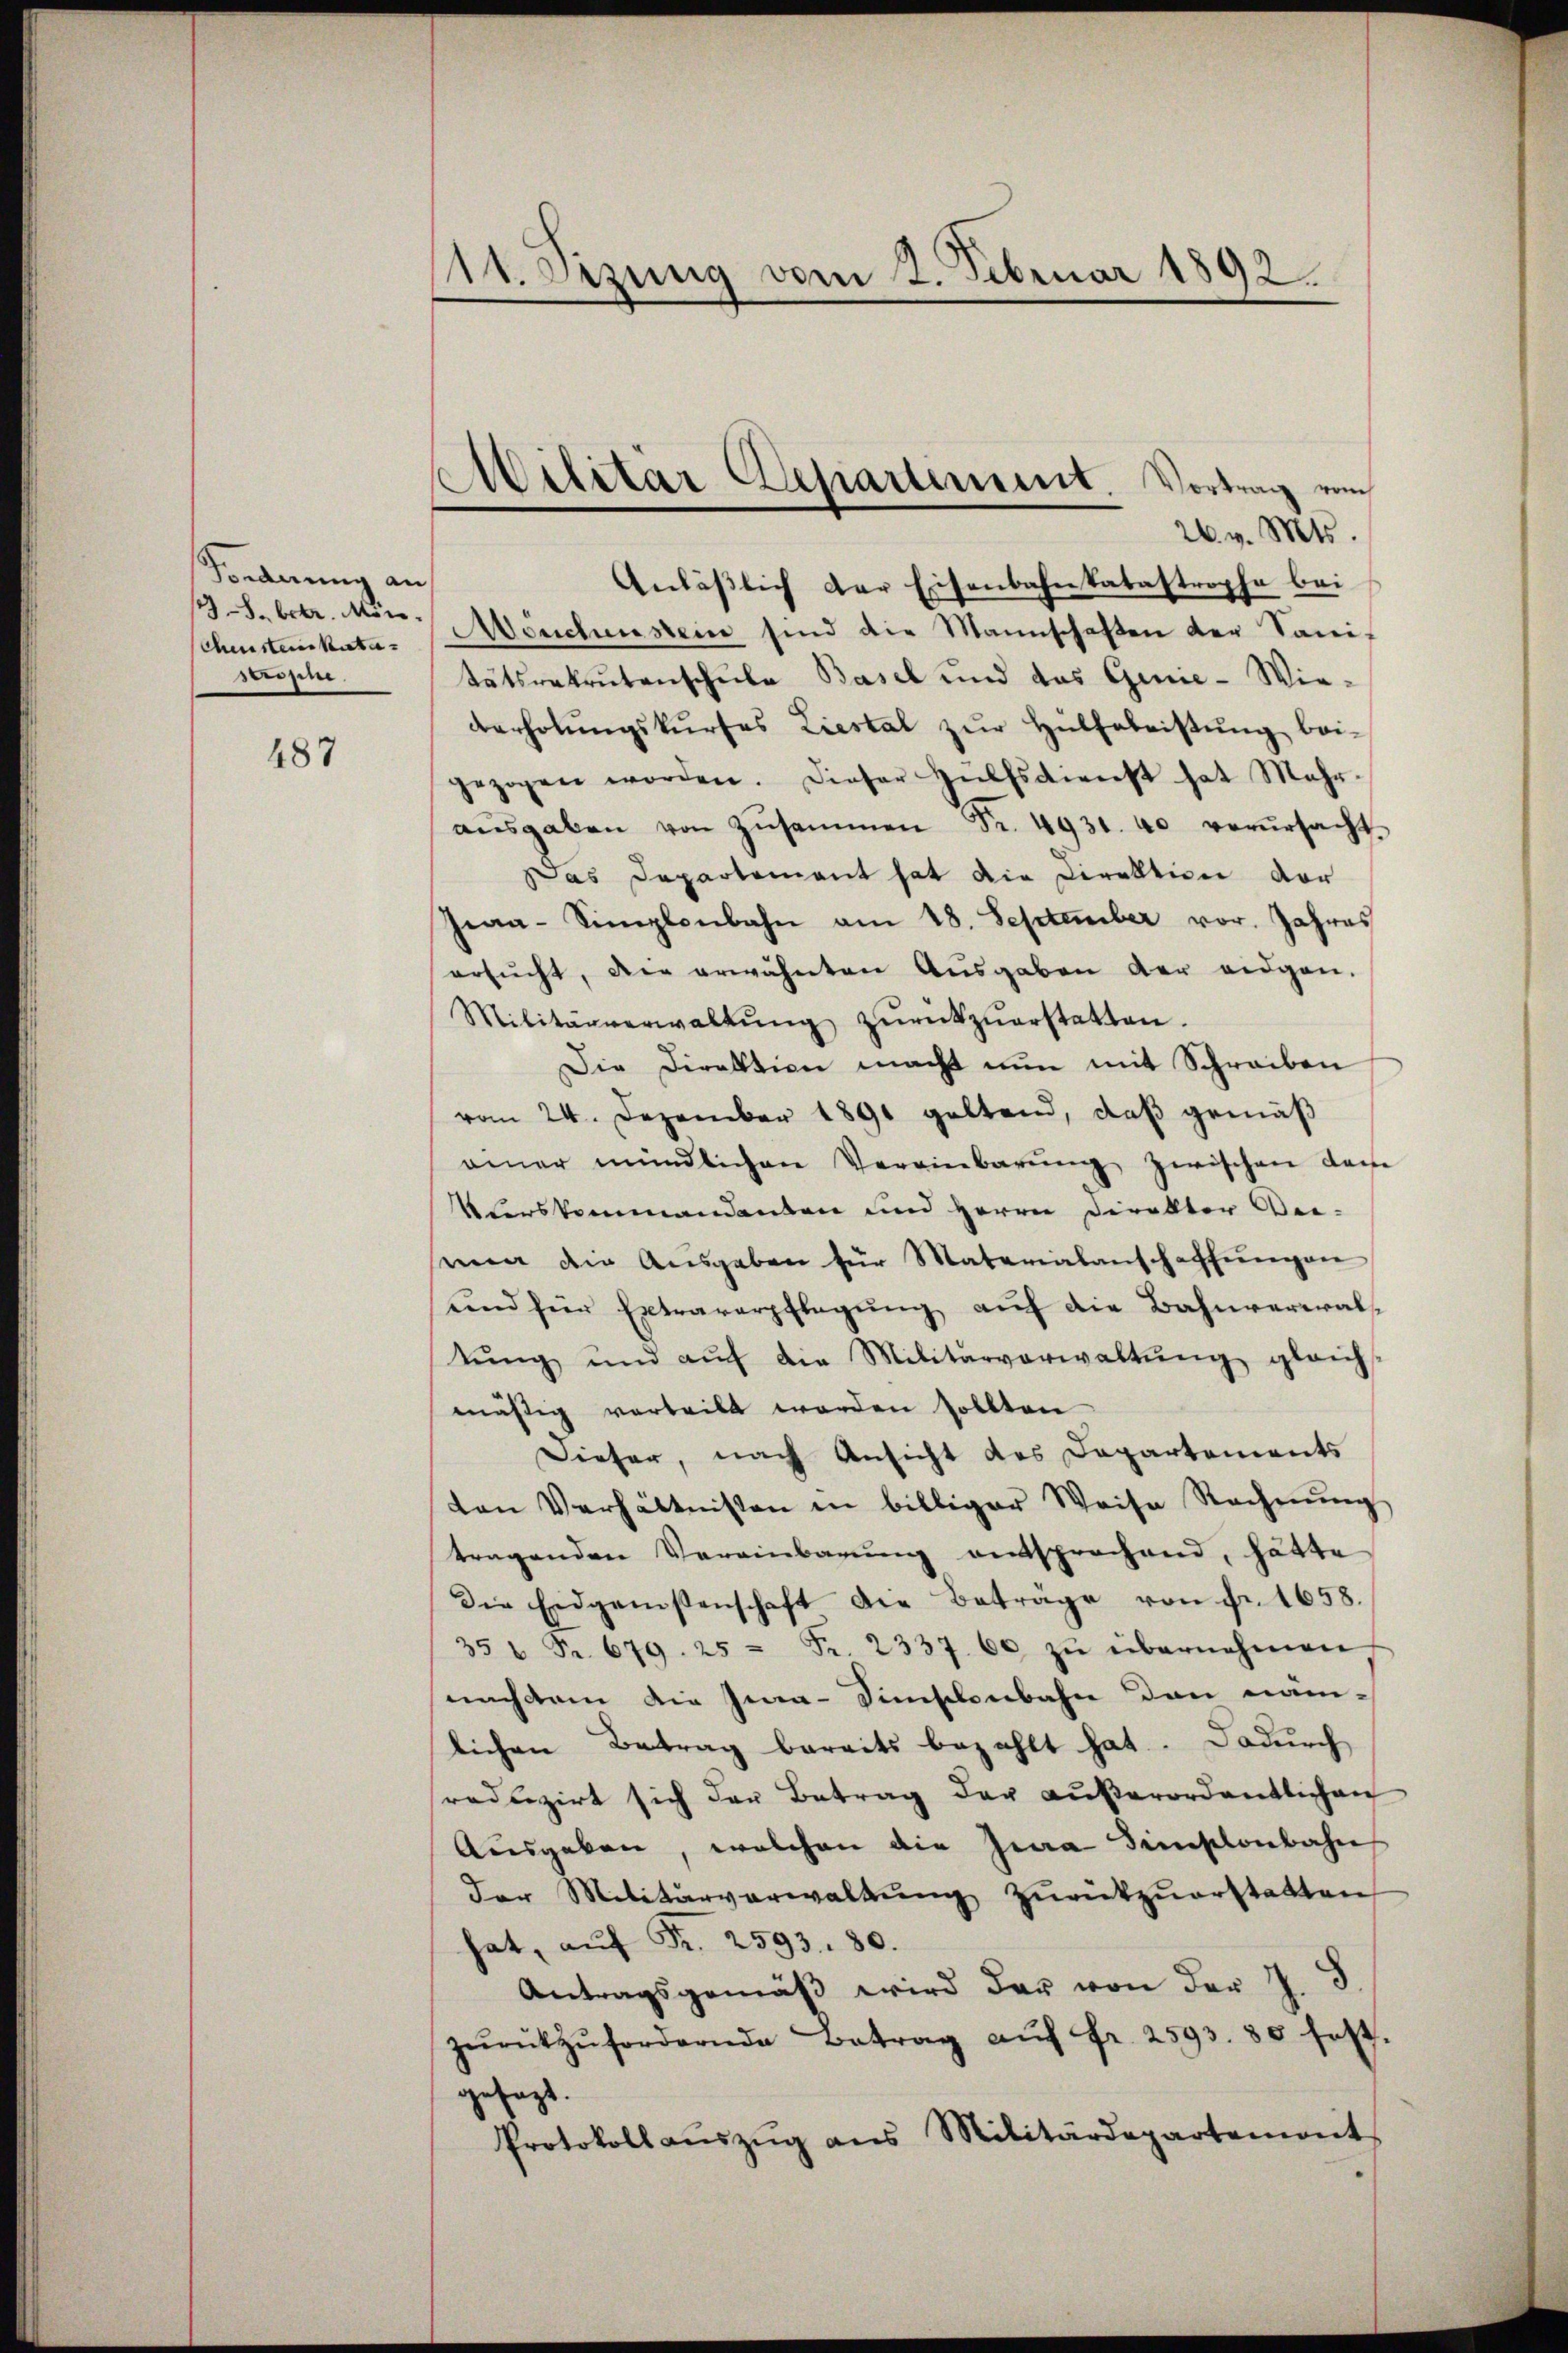
Forderung an
Schensten katastrone.

487

111. etzung vom 2. Februar 1892.

¬
Militär Departement. Vortrag vom

26. v. Mts.
Anläβlich der Eisenbahnkatastrophe bei
8. betr. von Mönchenstein sind die Mannschaften der Sanitätsrekrutenschule Basel und das Genie-Wie-
verholŭngskŭrses Liestal zŭr Hülfabristŭng bei-
gezogen worden. Dieser Hülfsdienst hat Mehr-
aŭsgaben von Zŭsammen Fr. 4931. 40 verŭrsacht.
Das Departement hat die Direktion vor
Gra-Simplenbahn am 18. September vor. Jahres
ersŭcht, die erwähnten Aŭsgaben der eidgen.
Militärverwaltŭng zŭrückzuerstatten.
Die Direktion macht nun mit Schreiben
vom 24. Dezember 1891 geltend, daß gemäß
einer mündlichen Vereinbarŭng zwischen dam
Uferskommandenten und Herrn Direktor Weisenen die Ausgaben für Materialanschaffungen,
und für Extraverpflegŭng auf die Bahnvereral-
tŭng und aŭf die Militärverwaltŭng gleich-
mässig verteilt werden sollten
Dieser, nach Ansicht des Departements
ten Verhältnissen in billiger Weise Rechnŭng
tragenden Vereinbarŭng entsprochend, hätte
die Eidgenossenschaft die Beträge von Fr. 1658.
35 " Fr. 679. 25 = Fr. 2337. 60 zŭ übernehmen
nachdem die Ima-Sünstlenbahn den näm-
lichen Betrag bereits bezahlt hat. Dadurch
reduzirt sich der Betrag der außerordentlichen
Ausgeben, welchen die Zwa Simplonbahn
der Militärverwaltŭng zŭrückzuerstatten
hat, aŭf Fr. 2593. 80.
Antragsgemäß wird der von der J. S
zŭrückzŭfordernde Betrag aŭf fr. 2593. 30 fest.
gesagt.
Protokollaŭszŭg ans Militärdepartemont